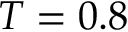
T = 0 . 8